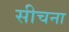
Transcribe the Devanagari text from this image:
सीचना